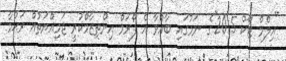
"އިލްމް ޓޯކް 2015"ގެ ނަމުގައި ބާއްވާ އެ ފޯރަމް އިންތިޒާމްކުރީ ޖަމިއްޔަތުއް ރަޙުމާ